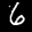
Label: 6